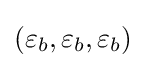
(\varepsilon _{b},\varepsilon _{b},\varepsilon _{b})